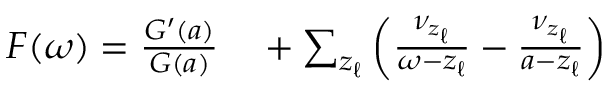
\begin{array} { r } { \begin{array} { r l } { F ( \omega ) = \frac { G ^ { \prime } ( a ) } { G ( a ) } } & { { } + \sum _ { z _ { \ell } } \left( \frac { \nu _ { z _ { \ell } } } { \omega - z _ { \ell } } - \frac { \nu _ { z _ { \ell } } } { a - z _ { \ell } } \right) } \end{array} } \end{array}